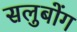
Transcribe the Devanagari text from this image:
सलुबोंग